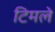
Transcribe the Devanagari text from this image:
टिमले